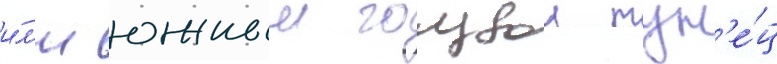
и́л'и южныи голубои тун'е́ц